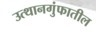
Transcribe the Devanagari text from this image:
उत्थानगुंफातील